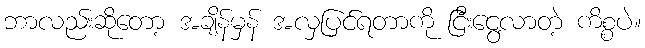
ဘာလည်းဆိုတော့ အချိန်မှန် အလှပြင်ရတာကို ငြီးငွေ့လာတဲ့ ကိစ္စပဲ။